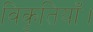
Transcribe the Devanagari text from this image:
विकृतियाँ।